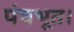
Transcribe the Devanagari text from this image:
पंचभूत।